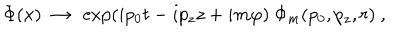
\Phi ( x ) \ \rightarrow \ \exp ( i p _ { 0 } t - i p _ { z } z + i m \varphi ) \ \Phi _ { m } ( p _ { 0 } , p _ { z } , r ) \ ,